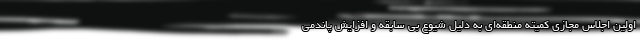
اولین اجلاس مجازی کمیته منطقه‌ای به دلیل شیوع بی سابقه و افزایش پاندمی